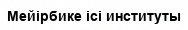
Мейірбике ісі институты